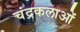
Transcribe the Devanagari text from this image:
चंद्रकलाओं